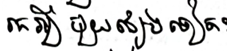
រកអ្វីមួយផ្សេងទៀត